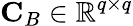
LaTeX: \mathbf{C}_{B}\in\mathbb{R}^{q\times q}